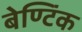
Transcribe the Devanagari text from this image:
बेण्टिंक